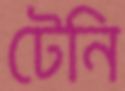
টেনি